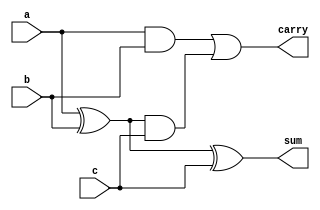
//full adder code: structural model
`timescale 1ns/100ps //optional
module fa ( a, b, c, sum, carry);
input a, b, c;
output sum, carry ;
wire s1, c1, c2; //internal
xor(s1, a, b);
xor(sum, s1, c);
and(c2, s1, c);
and(c1, a, b);
or(carry, c1, c2);
endmodule

//***Testbench Module***
module testb;
reg a, b, c;
wire sum, carry;
fa uut ( .a(a), .b(b),.c(c), .sum(sum), .carry(carry));
initial
begin
$dumpfile("test1_full_adder.vcd");
$dumpvars(); //for gtkwave display
$monitor("a=%b, b=%b, c=%b, carry=%b, sum=%b \n", a, b, c, carry, sum);
a=0; b=0; c=0; //input signals for full adder
#10 a=0; b=0; c=1;
#10 a=0; b=1; c=0;
#10 a=0; b=1; c=1;
#10 a=1; b=0; c=0;
#10 a=1; b=0; c=1;
#10 a=1; b=1; c=0;
#10 a=1; b=1; c=1;
#10 a=0; b=0; c=0;
#10 $finish;
end
endmodule